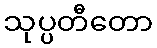
သုပ္ပတီတော